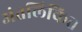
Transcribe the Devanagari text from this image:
अंतलिकित